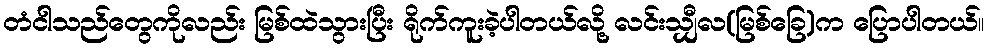
တံငါသည်တွေကိုလည်း မြစ်ထဲသွားပြီး ရိုက်ကူးခဲ့ပါတယ်လို့ လင်းသျှီလ(မြစ်ခြေ)က ပြောပါတယ်။